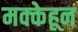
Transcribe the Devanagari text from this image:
मक्केहून